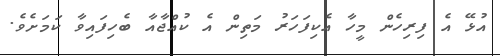
އުޅޭ އެ ފިރިހެން މީހާ އެކިފަހަރު މަތިން އެ ކުއްޖާއާ ބެހިފައިވާ ކަމަށެވެ.